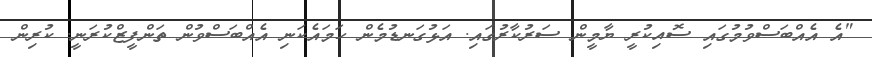
"އެ އެއްބަސްވުމުގައި ސޮއިކުރީ ޔާމީން ސަރުކާރުގައި. އަޅުގަނޑުމެން ހަމައެކަނި އެއްބަސްވުން ތަންފީޒްކުރަނީ. ކުރިން